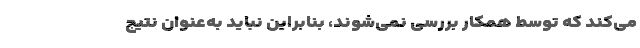
می‌کند که توسط همکار بررسی نمی‌شوند، بنابراین نباید به‌عنوان نتیج